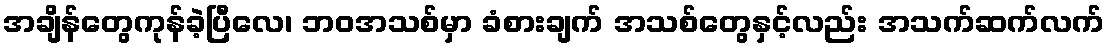
အချိန်တွေကုန်ခဲ့ပြီလေ၊ ဘဝအသစ်မှာ ခံစားချက် အသစ်တွေနှင့်လည်း အသက်ဆက်လက်